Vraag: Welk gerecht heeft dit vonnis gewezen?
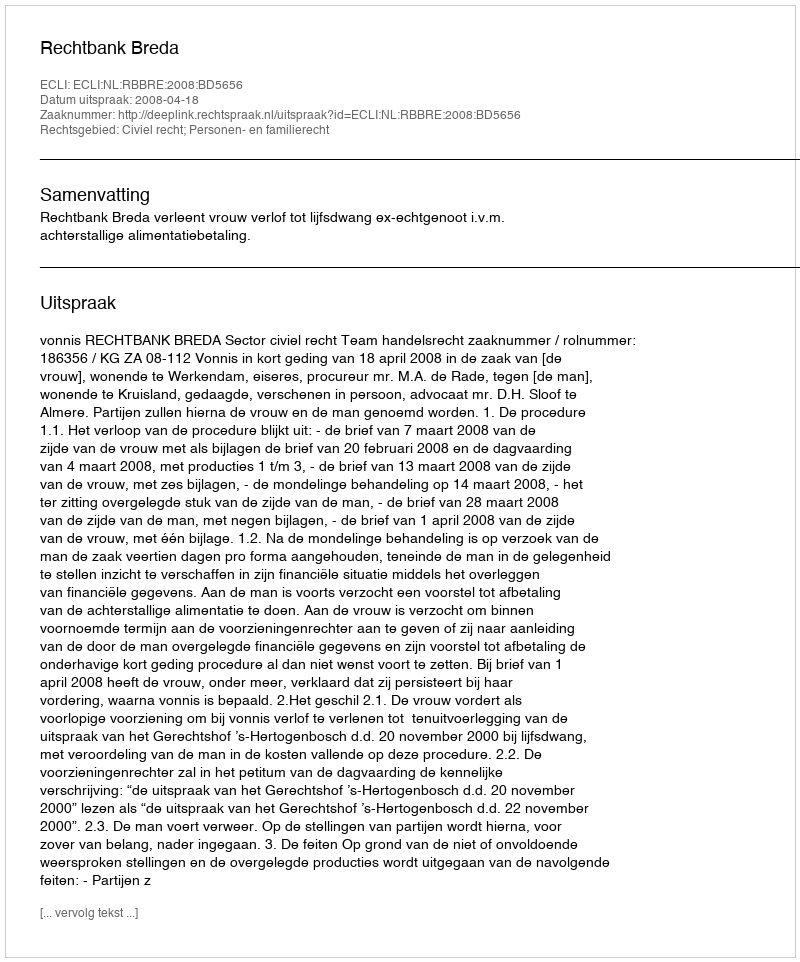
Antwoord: Rechtbank Breda